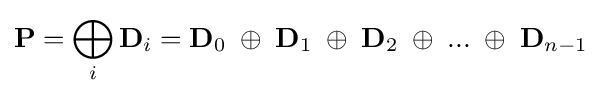
\mathbf {P} =\bigoplus _{i}{\mathbf {D} _{i}}=\mathbf {D} _{0}\;\oplus \;\mathbf {D} _{1}\;\oplus \;\mathbf {D} _{2}\;\oplus \;...\;\oplus \;\mathbf {D} _{n-1}